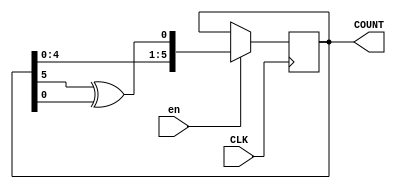
module LFSR(CLK, en, COUNT);

	input CLK;
	input en;
	
	output [6:1] COUNT;
	
	reg [6:1] COUNT;
	initial COUNT = 6'd1;
		
	always @ (posedge CLK)
		if(en == 1'b1)
			COUNT <= {COUNT[5:1], COUNT[6] ^ COUNT[1]};
		else
			COUNT <= COUNT;
		
endmodule